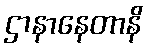
ဌာနာနေတာနိ